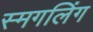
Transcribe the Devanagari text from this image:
स्मगलिंग